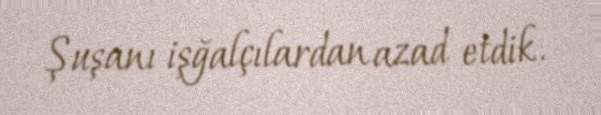
Şuşanı işğalçılardan azad etdik.